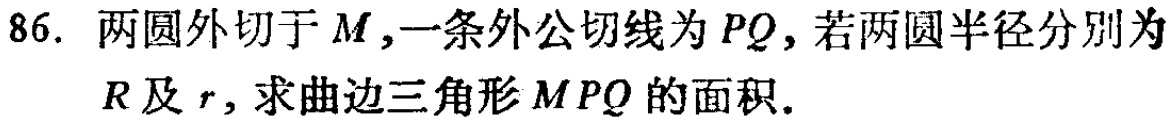
86. 两圆外切于 \(M\)，一条外公切线为 \(PQ\)，若两圆半径分别为 \(R\) 及 \(r\)，求曲边三角形 \(MPQ\) 的面积.